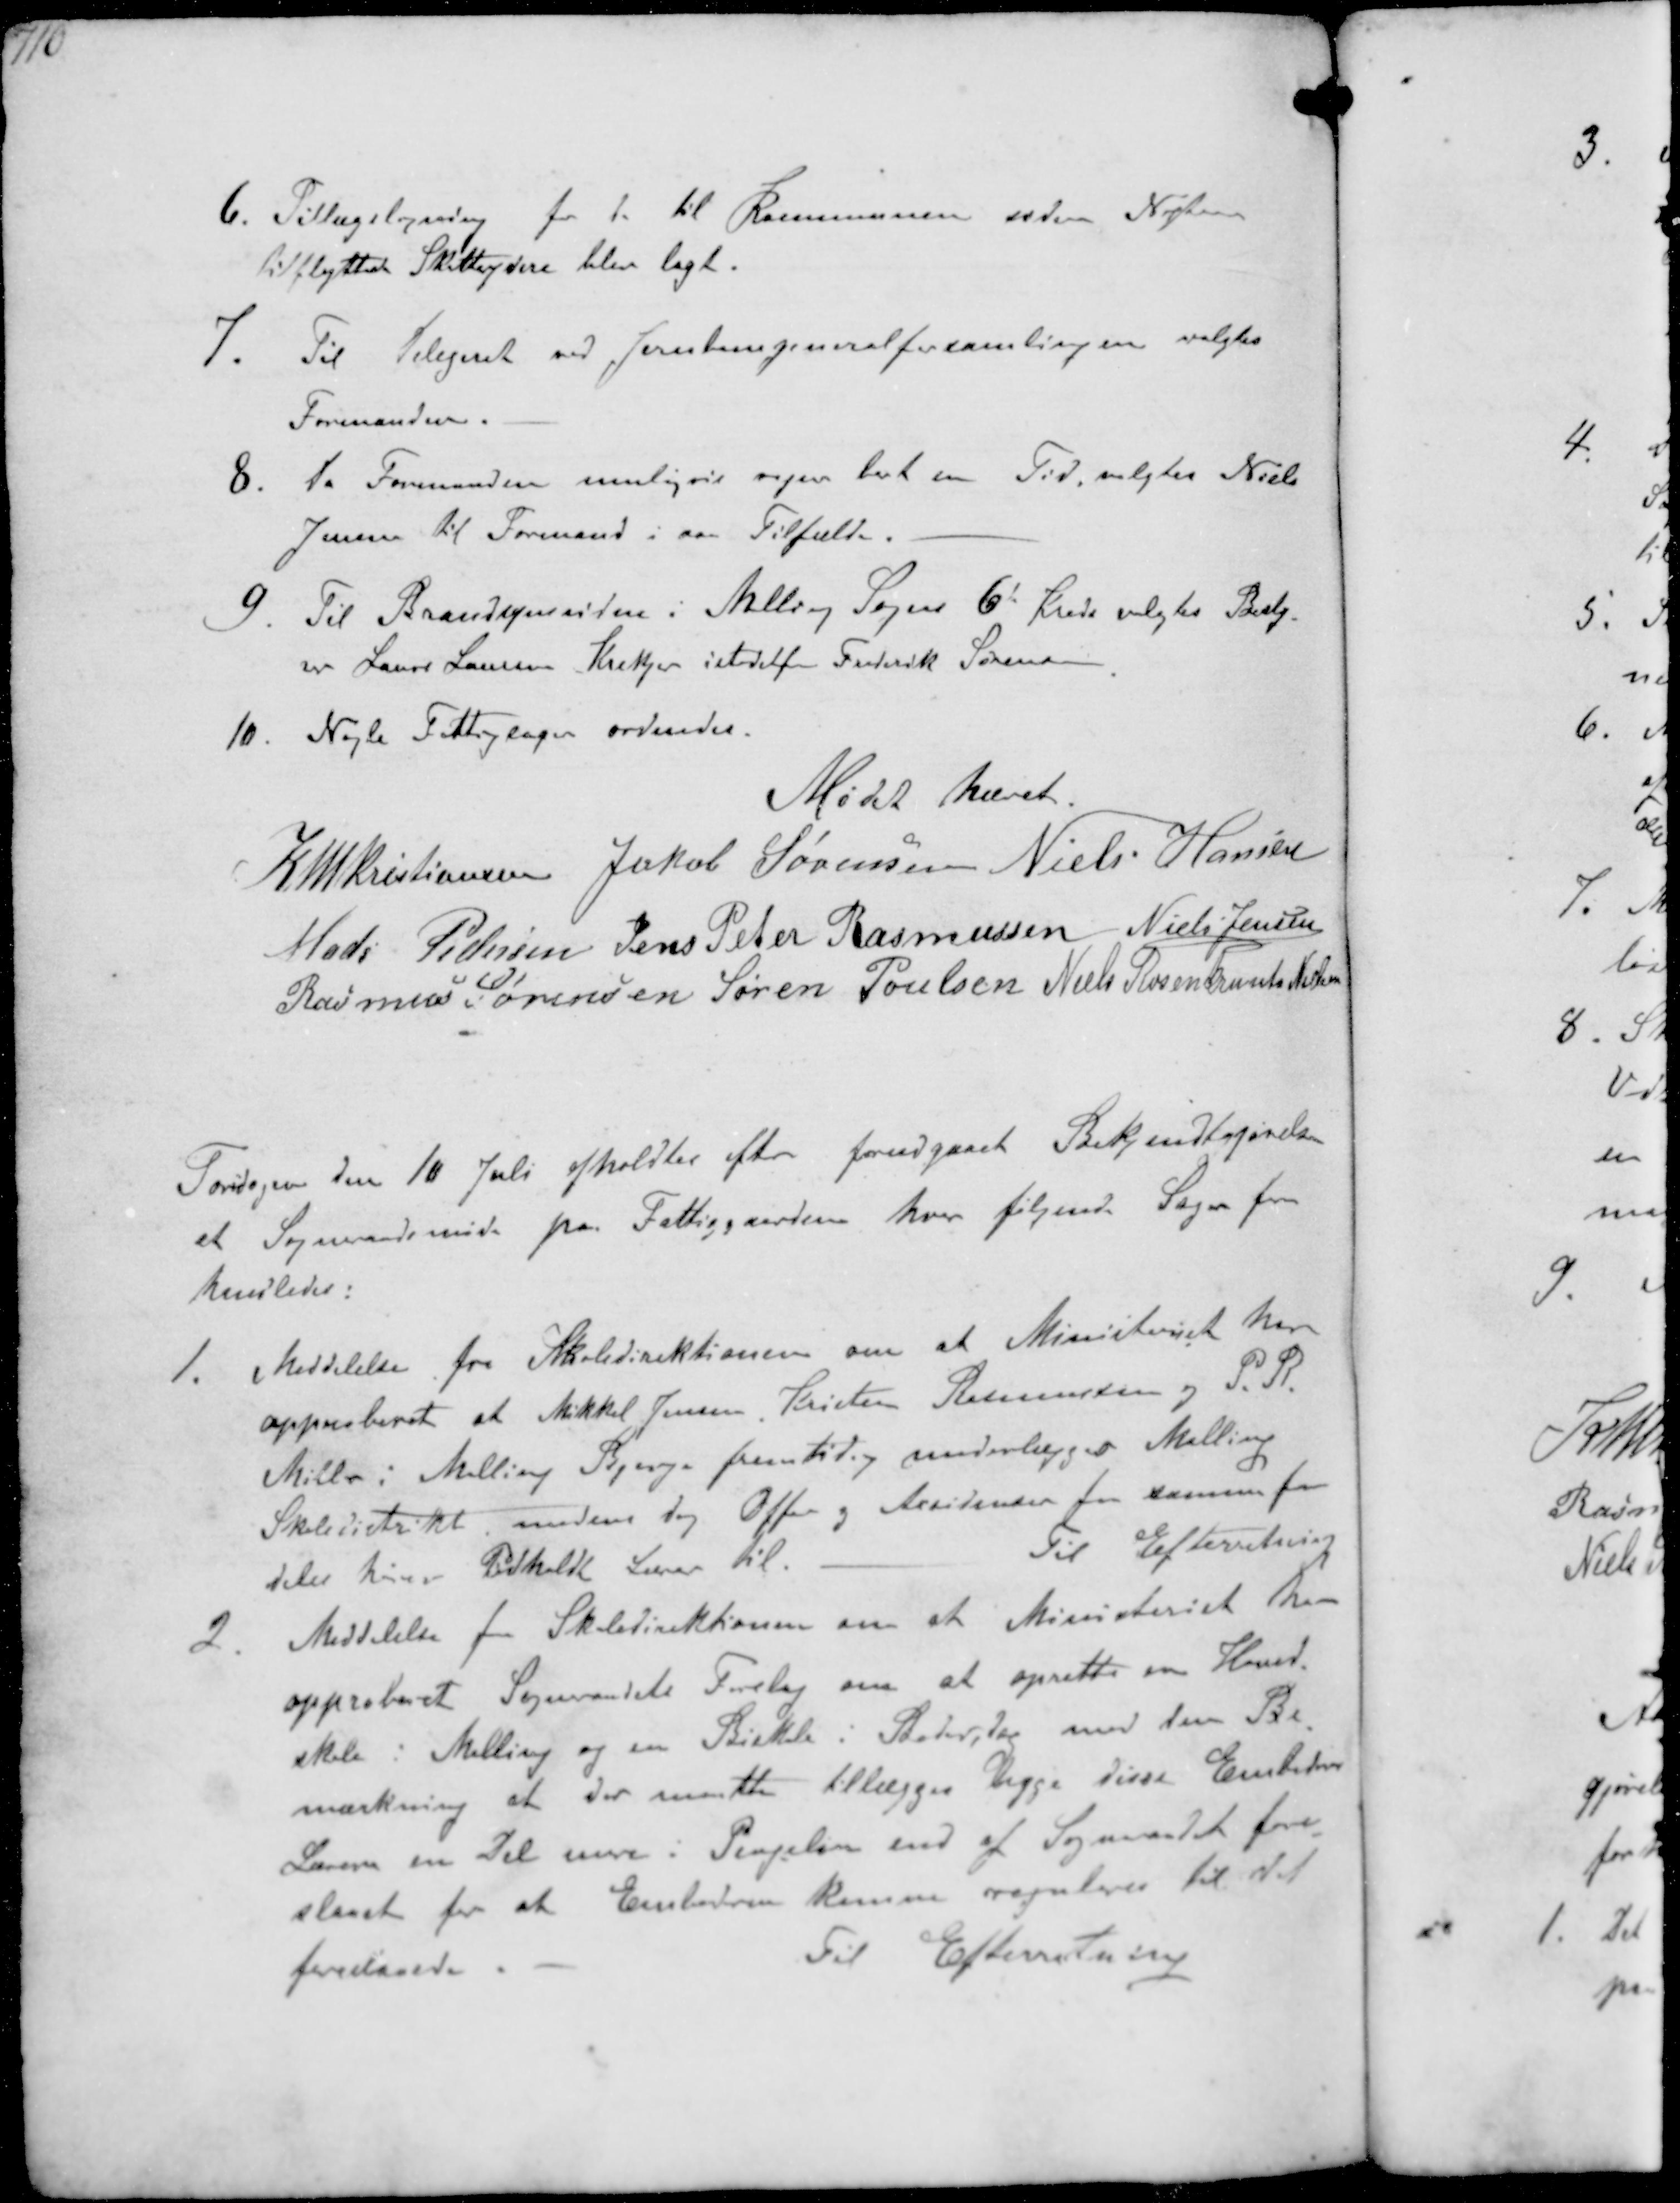
Transskription:
6. Tillægsligning for de til Kommunen siden Nytaar
tilflyttede Skatteydere blev lagt.
7. Til Delegeret ved Jernbanegeneralforsamlingen valgtes
Formanden.
8. Da Formanden muligvis rejser bort en Tid, valgtes Niels
Jensen til Formand i saa Tilfælde
9 Til Brandsynsvidne i Malling Sogns 6' Kreds valgtes Besty-
rer Laurs Laursen Krekjer istedetfor Frederik Sørensn
10. Nogle Fattigsager ordnedes.
Mødet hævet
K N M Kristiansen Jakob Sørensen Niels Hansen
Mads Pedersen Jens Peter Rasmussen Niels Jensen
Rasmus Sørensen Søren Poulsen Niels Rosenkrands Nielsen

Torsdagen den 10 Juli afholdtes efter forudgaaet Bekjendtgørelse
et Sogneraadsmøde paa Fattiggaarden hvor følgende Sager for-
handledes:
1.
Meddelelse fra Skoledirektionen om at Ministeriet har
approberet at Mikkel Jensen, Kristen Rasmussen og P R
Møller i Malling Bjerge fremtidig underlægges Malling
Skoledistrikt medens dog Ofter og Accidenser for samme frem-
deles hører Pedholdt Lærer til
Til Efterretning
2.
Meddelelse fra Skoledirektionen om at Ministeriet har
approberet Sogneraadets Forelag om at oprette en Hoved-
skole i Malling og en Biskole i Beder, dog med den Be-
mærkning at der maatte tillægges begge disse Embeders
Lærere en Del mere i Pengeløn end af Sogneraadet fore-
slaaet for at Embederne kunne reguleres til det
foreslaaede
Til Efterretning